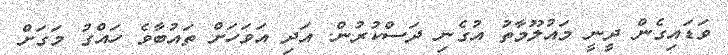
ވަޑައިގެން ދީނީ މައުލޫމާތު އުގެނި ދަސްކުރުން. އަދި އަވަހަށް ތައުބާވެ ހައްގު މަގަށް